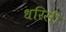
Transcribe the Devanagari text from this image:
धरिसी